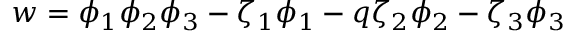
w = \phi _ { 1 } \phi _ { 2 } \phi _ { 3 } - \zeta _ { 1 } \phi _ { 1 } - q \zeta _ { 2 } \phi _ { 2 } - \zeta _ { 3 } \phi _ { 3 }